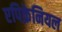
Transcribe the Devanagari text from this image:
एपिक्रेनियल